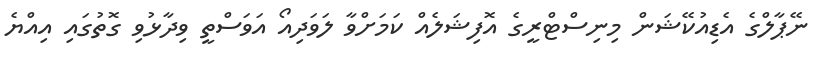
ނޭޕާލްގެ އެޑިއުކޭޝަން މިނިސްޓްރީގެ އޮފިޝަލެއް ކަމަށްވާ ލަވަދިއޯ އަވަސްތީ ވިދާޅުވި ގޮތުގައި އިއްޔެ